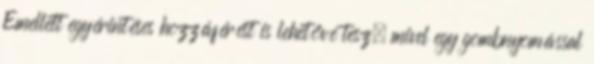
Emellett egyérintéses hozzáférést is lehetővé tesz, mivel egy gombnyomással